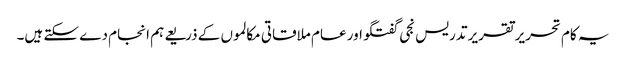
یہ کام تحریر تقریر تدریس نجی گفتگو اور عام ملاقاتی مکالموں کے ذریعے ہم انجام دے سکتے ہیں۔